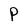
Character: p